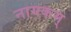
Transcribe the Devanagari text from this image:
नायकम्‌